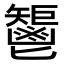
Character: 𩰤